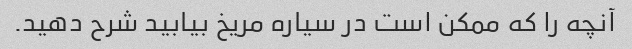
آنچه را که ممکن است در سیاره مریخ بیابید شرح دهید.